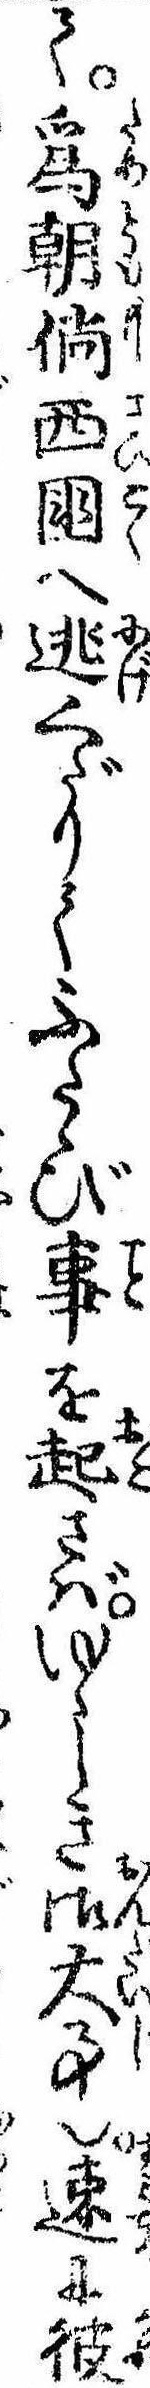
て為朝西国へ逃くだりてふたゝび事を起さばゆゝしき御大事也速に彼